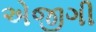
એજીગી